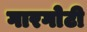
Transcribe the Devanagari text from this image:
गारगाेटी